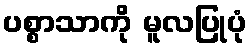
ပစ္စာသာကို မူလပြုပုံ